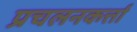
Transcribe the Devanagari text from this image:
प्रचलनकर्त्ता